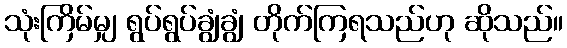
သုံးကြိမ်မျှ ရွပ်ရွပ်ချွံချွံ တိုက်ကြရသည်ဟု ဆိုသည်။